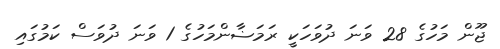
ޖޫން މަހުގެ 28 ވަނަ ދުވަހަކީ ރަމަޟާންމަހުގެ 1 ވަނަ ދުވަސް ކަމުގައި